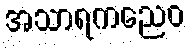
အသာရကညေဝ